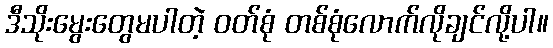
ဒီသိုးမွေးတွေမပါတဲ့ ဝတ်စုံ တစ်စုံလောက်လိုချင်လို့ပါ။